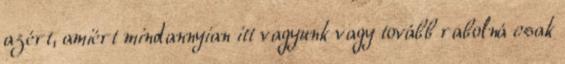
azért, amiért mindannyian itt vagyunk vagy tovább rabolná csak